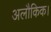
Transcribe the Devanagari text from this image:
अलौकिक।